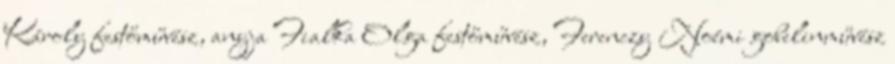
Károly festőművész, anyja Fialka Olga festőművész, Ferenczy Noémi gobelinművész